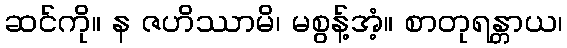
ဆင်ကို။ န ဇဟိဿာမိ၊ မစွန့်အံ့။ စာတုရန္တာယ၊